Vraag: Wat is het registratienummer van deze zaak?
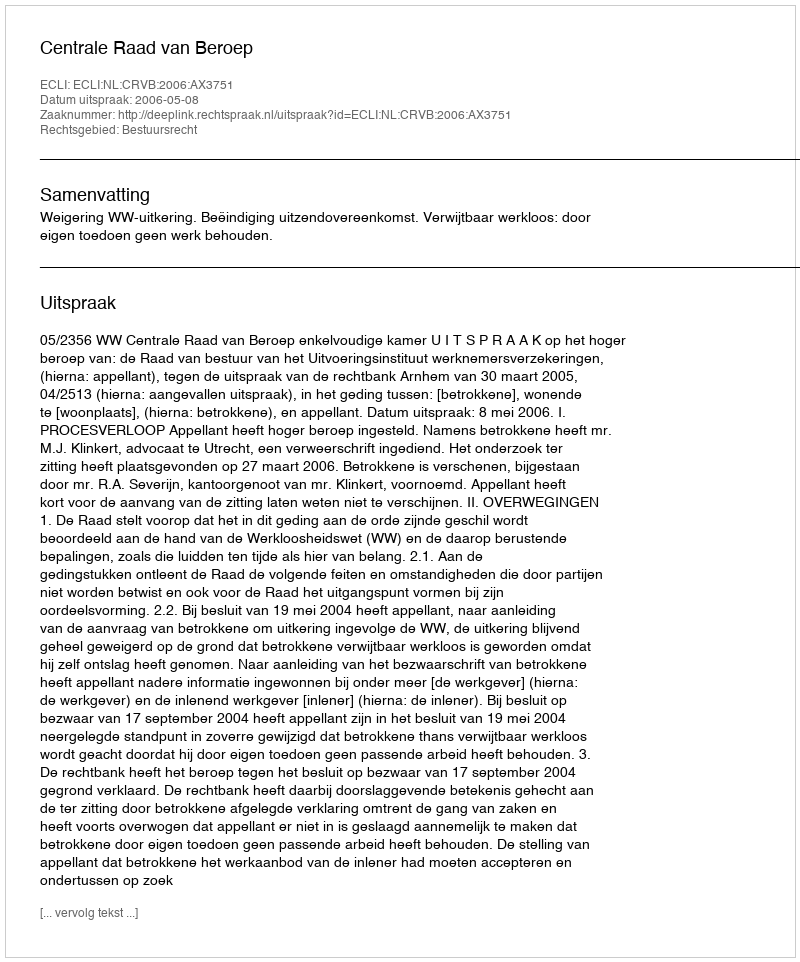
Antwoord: http://deeplink.rechtspraak.nl/uitspraak?id=ECLI:NL:CRVB:2006:AX3751